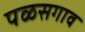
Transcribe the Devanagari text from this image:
पळसगाव